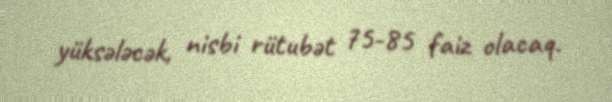
yüksələcək, nisbi rütubət 75-85 faiz olacaq.